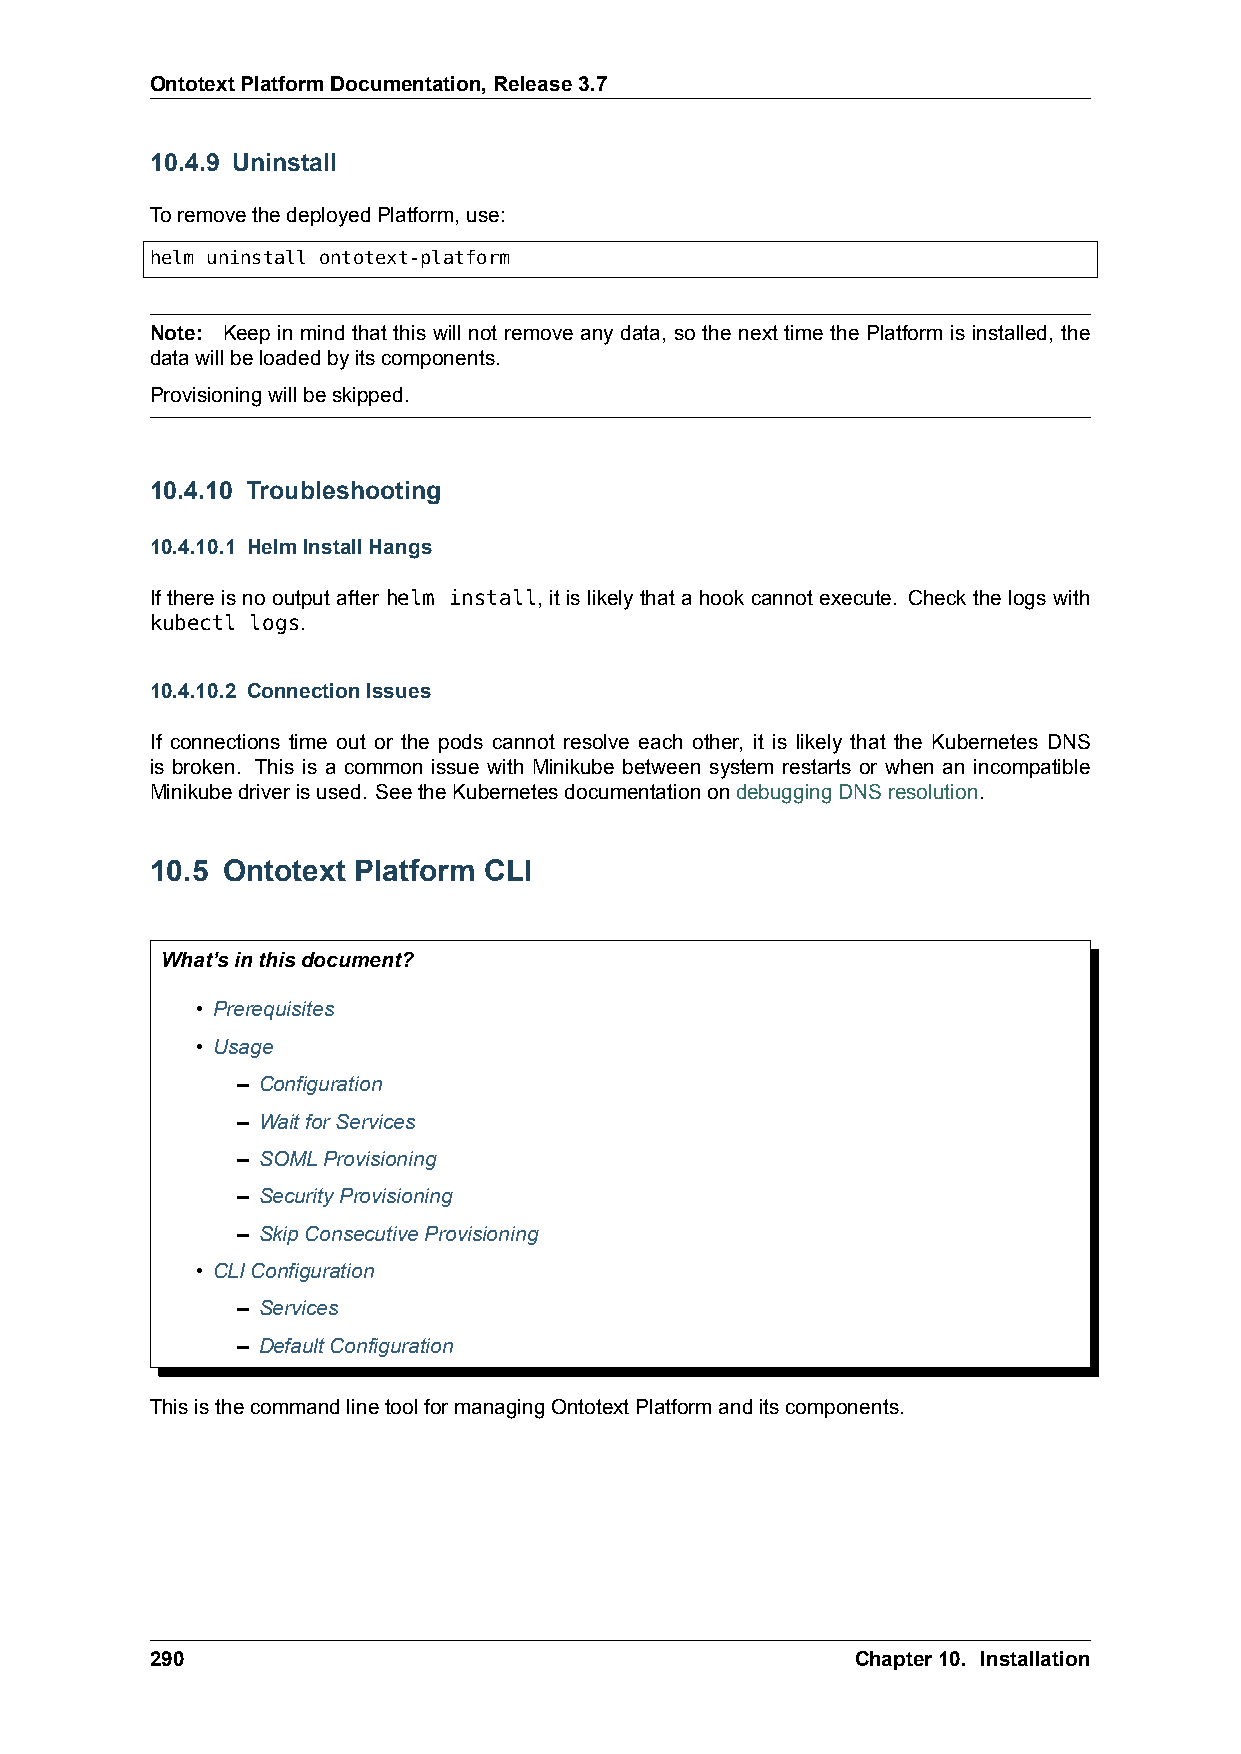
OntotextPlatformDocumentation,Release3.7
 10.4.9 Uninstall
 ToremovethedeployedPlatform,use:
 helm uninstall ontotext-platform
 Note: Keep in mind that this will not remove any data, so the next time the Platform is installed, the
 datawillbeloadedbyitscomponents.
 Provisioningwillbeskipped.
 10.4.10 Troubleshooting
 10.4.10.1 HelmInstallHangs
 If there is no output after helm install, it is likely that a hook cannot execute. Check the logs with
 kubectl logs.
 10.4.10.2 ConnectionIssues
 If connections time out or the pods cannot resolve each other, it is likely that the Kubernetes DNS
 is broken. This is a common issue with Minikube between system restarts or when an incompatible
 Minikubedriverisused. SeetheKubernetesdocumentationondebuggingDNSresolution.
 10.5 Ontotext Platform CLI
 What’sinthisdocument?
 • Prerequisites
 • Usage
 – Configuration
 – WaitforServices
 – SOMLProvisioning
 – SecurityProvisioning
 – SkipConsecutiveProvisioning
 • CLIConfiguration
 – Services
 – DefaultConfiguration
 ThisisthecommandlinetoolformanagingOntotextPlatformanditscomponents.
 290                                            Chapter10. Installation